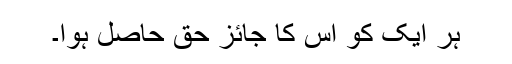
ہر ایک کو اس کا جائز حق حاصل ہوا۔